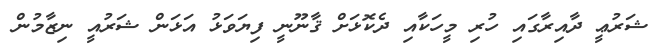
ޝަރުޢީ ދާއިރާގައި ހުރި މީހަކާއި ދެކޮޅަށް ޤާނޫނީ ފިޔަވަޅު އަޅަން ޝަރުއީ ނިޒާމުން